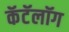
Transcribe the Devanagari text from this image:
कॅटॅलॉग